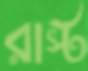
রাস্ট